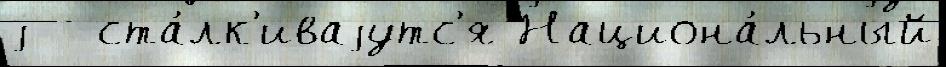
j - ста́лк'иваjутс'я Национа́льный